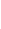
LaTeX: \mathbf{i}\! \! \! \! \! \! \! \! \! \! \! \! \in\! \! \! \! \! \! \! \! \! \! \! \! \{ \! \! \! \! \! \! \! \! \! \! \! \! 1\! \! \! \! \! \! \! \! \! \! \! \! ,\! \! \! \! \! \! \! \! \! \! \! \! \! \! \! \! \! \! \! \! \! \! \! \! \ldots\! \! \! \! \! \! \! \! \! \! \! \! ,\! \! \! \! \! \! \! \! \! \! \! \! n\! \! \! \! \! \! \! \! \! \! \! \! \} \! \! \! \! \! \! \! \! \! \! \! \! ,\! \! \! \! \! \! \! \! \! \! \!